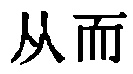
从而